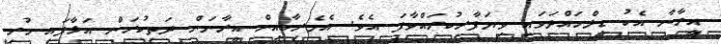
އީރާނާ އެކު ޑީލްހައްދަވައި ވިޔަފާރިކުރައްވާފަ އެވެ. އެމެރިކާއިން އީރާނަން ދަތިކުރަން އަޅާފައި ހުރި